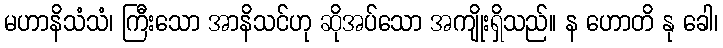
မဟာနိသံသံ၊ ကြီးသော အာနိသင်ဟု ဆိုအပ်သော အကျိုးရှိသည်။ န ဟောတိ နု ခေါ၊